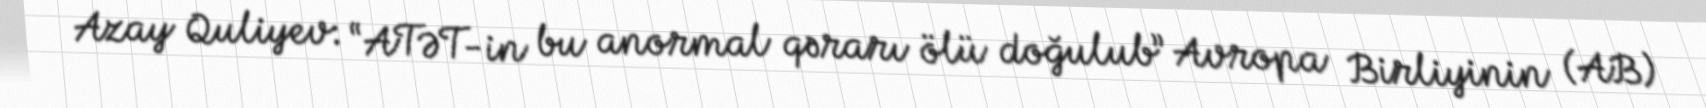
Azay Quliyev: “ATƏT-in bu anormal qərarı ölü doğulub” Avropa Birliyinin (AB)